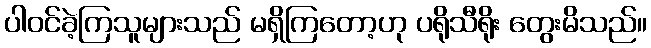
ပါဝင်ခဲ့ကြသူများသည် မရှိကြတော့ဟု ပရိုသီရိုး တွေးမိသည်။